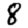
Digit: 8